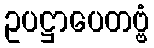
ဥပဋ္ဌာပေတဗ္ဗံ